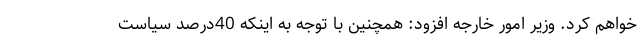
خواهم کرد. وزیر امور خارجه افزود: همچنین با توجه به اینکه 40درصد سیاست